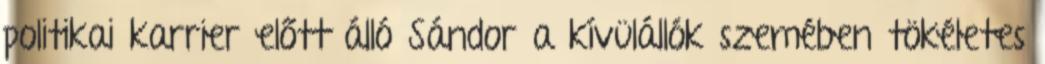
politikai karrier előtt álló Sándor a kívülállók szemében tökéletes